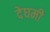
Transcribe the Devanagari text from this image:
देघमी